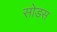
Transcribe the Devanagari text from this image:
सोडस